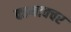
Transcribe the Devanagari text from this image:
कामावचर